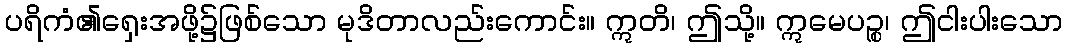
ပရိကံ၏ရှေးအဖို့၌ဖြစ်သော မုဒိတာလည်းကောင်း။ ဣတိ၊ ဤသို့။ ဣမေပဉ္စ၊ ဤငါးပါးသော